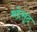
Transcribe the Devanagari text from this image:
मद्देसूद